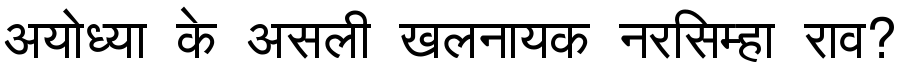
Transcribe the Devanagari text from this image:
अयोध्या के असली खलनायक नरसिम्हा राव?